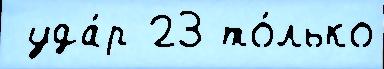
 уда́р 23 то́лько